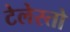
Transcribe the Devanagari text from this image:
टेलेस्तो